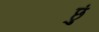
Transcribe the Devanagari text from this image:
छुं